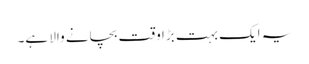
یہ ایک بہت بڑا وقت بچانے والا ہے۔